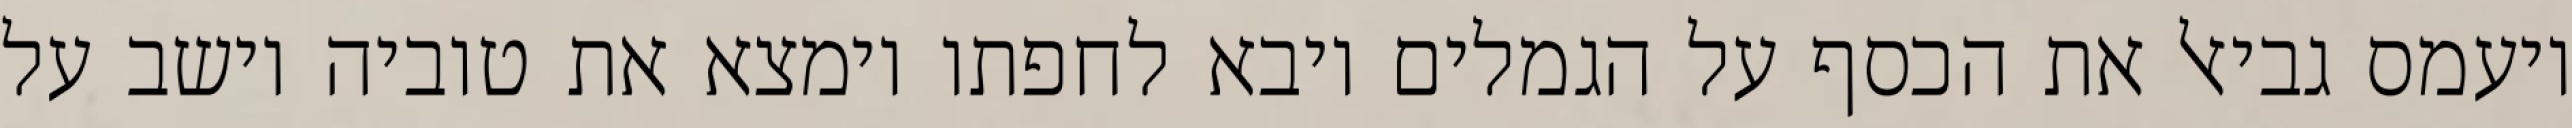
ויעמס גביאל את הכסף על הגמלים ויבא לחפתו וימצא את טוביה יושב על